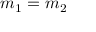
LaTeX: m _ { 1 } = m _ { 2 }